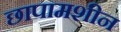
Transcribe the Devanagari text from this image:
छापामशीन